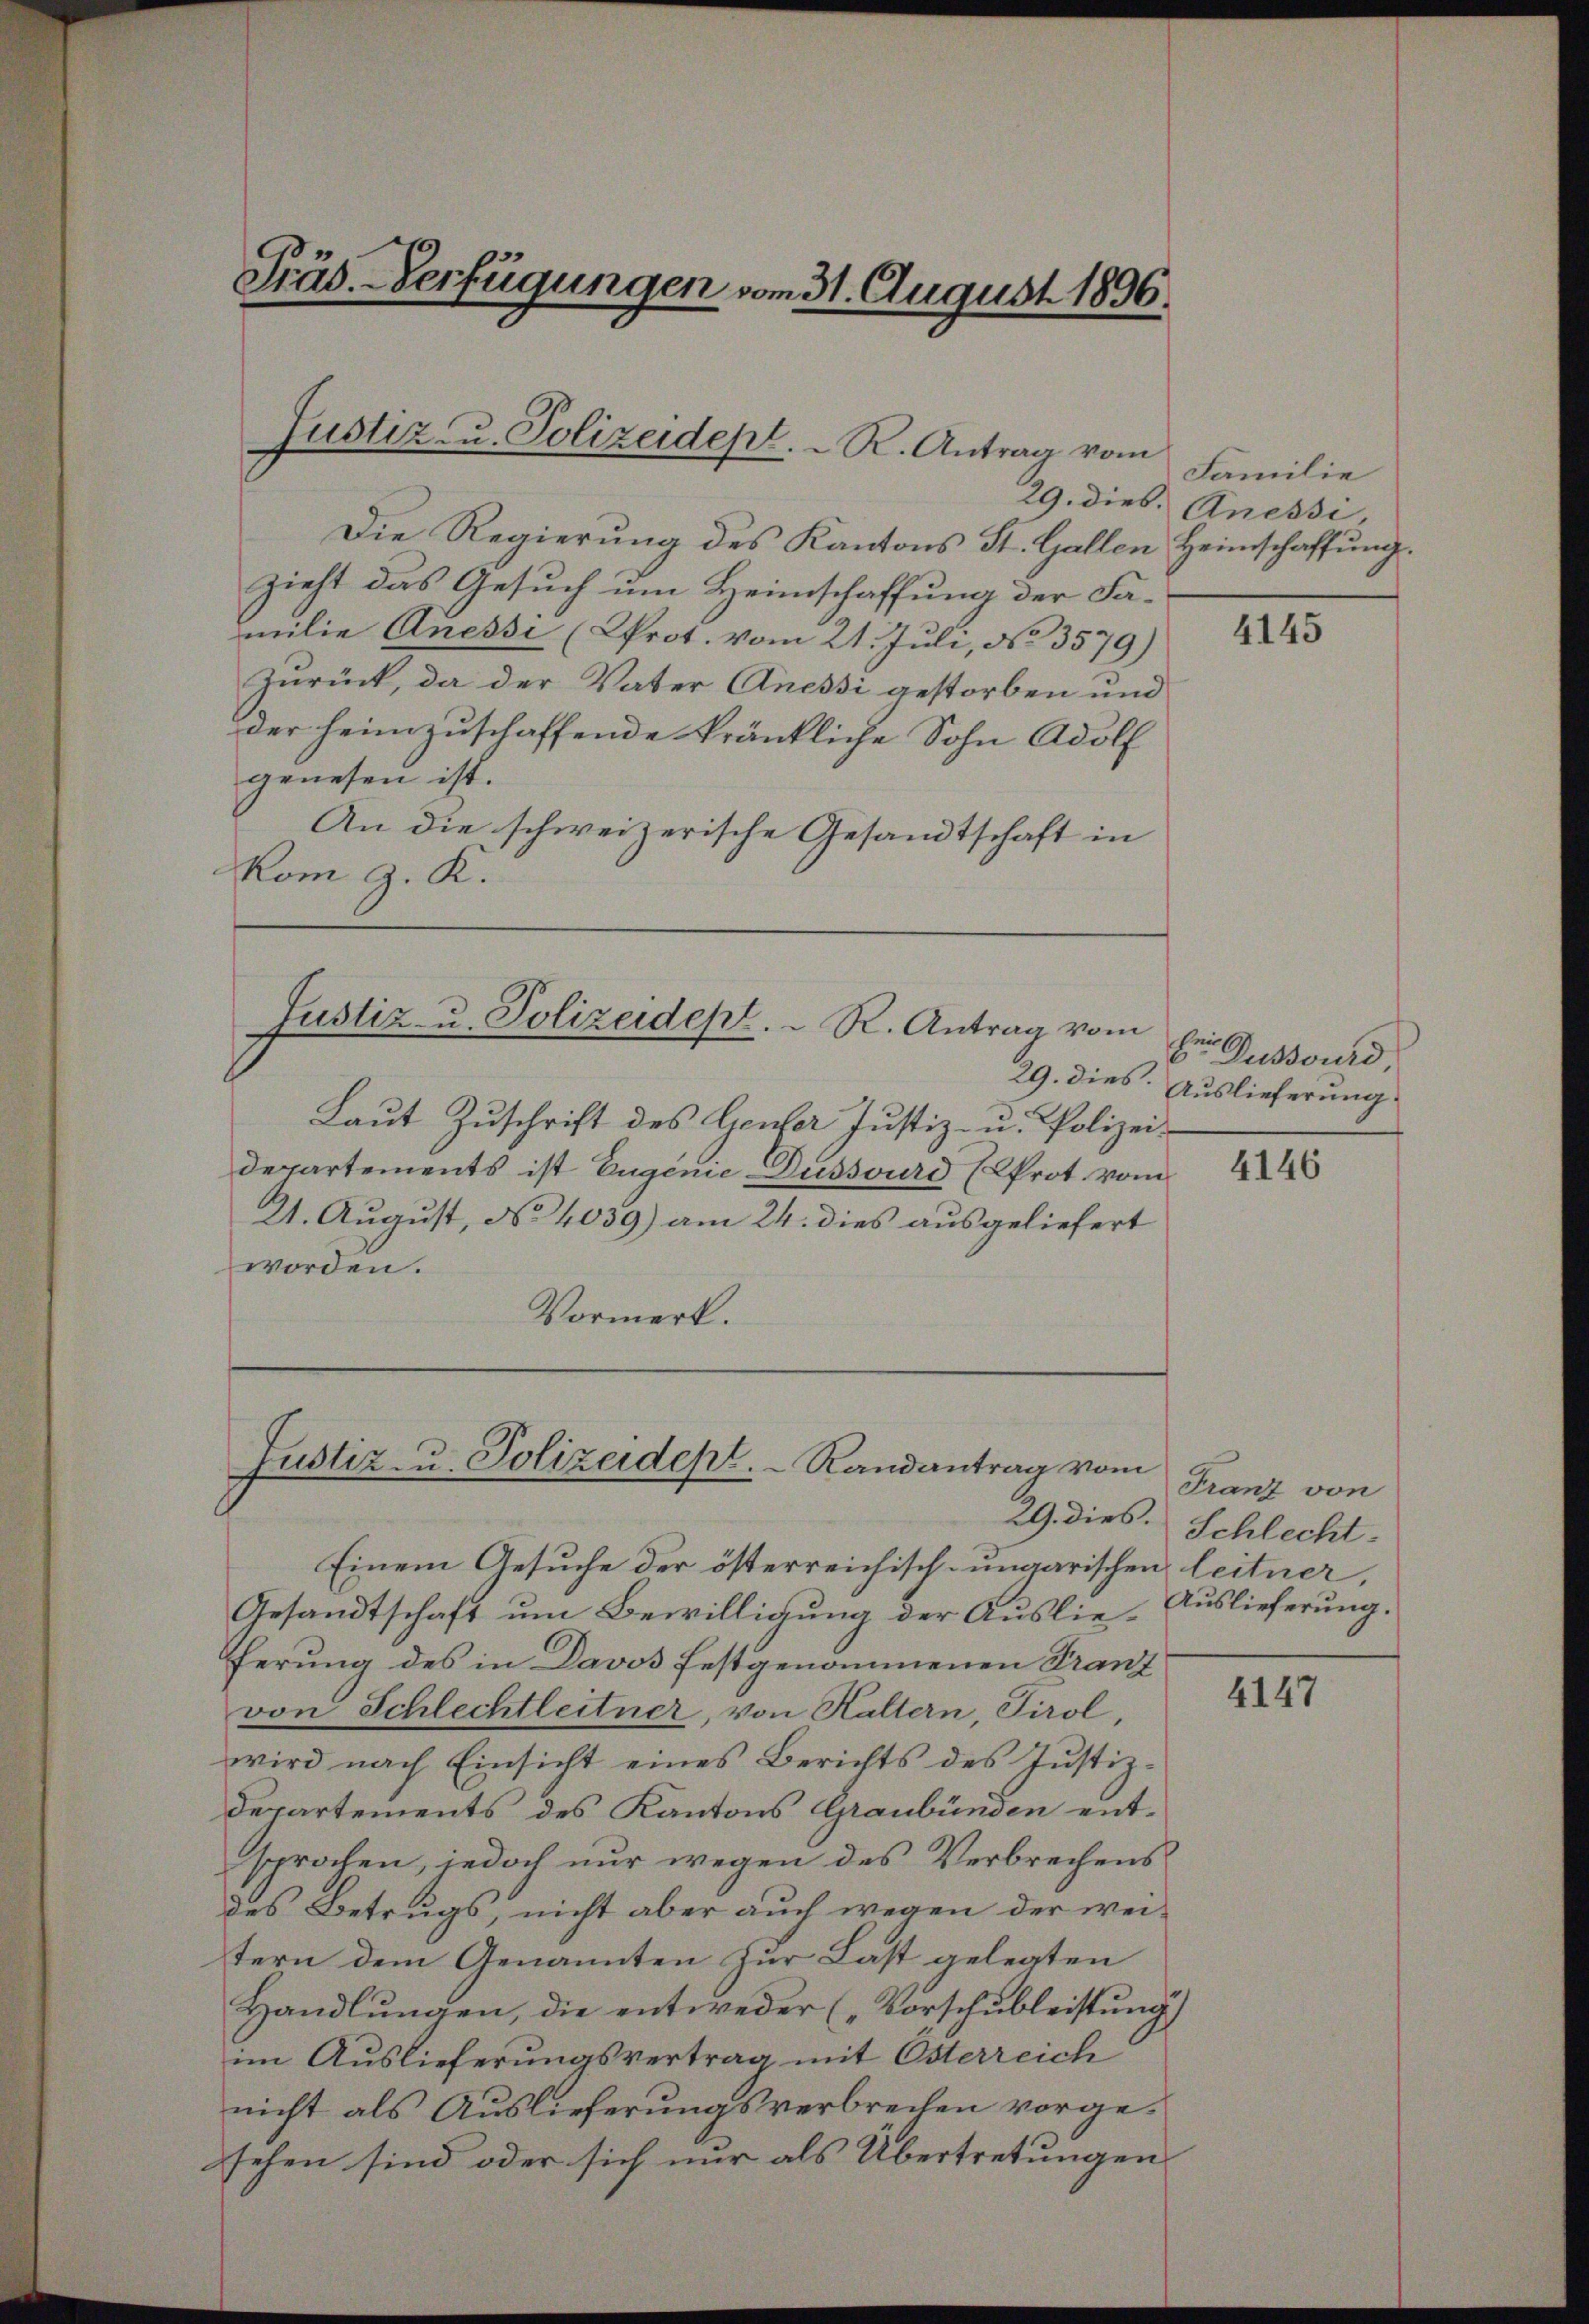
Präs. Verfügungen vom 31. August 1896.

Die Regierung des Kantons St. Gallen Heimschaffung.
zieht das Gesuch um Heimschaffung der Familie Anessi (Prot. vom 21. Juli, No 3579)
Zurück, da der Vater Anessi gestorben und
der heimzuschaffende kränkliche Sohn Adolf
genesen ist.
An die schweizerische Gesandtschaft in
kom g. K.

Justiz- u. Polizeidept. R. Antrag vom

Justiz- u. Polizeidept. R. Antrag vom

Laŭt Zŭschrift des Gener Justiz- u. Polizei-
Departements ist Eugenie Dussvurd (Prot. vom
21. August, No 4039) am 24. dies ausgeliefert
worden.
Vormerk.

Justiz- u. Polizeidept.   Randantrag vom

Einem Gesuche der österreichisch-ungarischen leitner,
Gesandtschaft um Bewilligung der Auslie-Auslieferung.
ferung des in Davos festgenommenen Franz
von Schlechtleitner, von Haltern, Tirol,
wird nach Einsicht eines Berichts des Justiz¬
Departements des Kantons Graubünden entsprochen, jedoch nur wegen des Verbrechens
des Betrugs, nicht aber auch wegen der weitern dem Genannten zur Last gelegten
Handlungen, die entweder („Vorschubleistung)
im Auslieferungsvertrag mit Osterreich
nicht als Auslieferungsverbrechen vorgesehen sind oder sich nur als Übertretungen

Familie
29. dies. Anessi

4145

Dussouri
29. dies. Auslieferung

4146

Franz von
29. dies. Schlecht.

4147